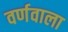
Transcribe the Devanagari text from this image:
वर्णवाला